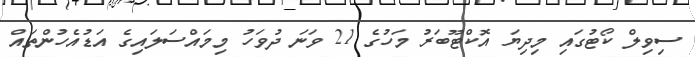
ސިވިލް ކޯޓުގައި މިދިޔަ އޮކްޓޫބަރު މަހުގެ 21 ވަނަ ދުވަހު މިމައްސަލައިގެ އަޑުއެހުންތައް